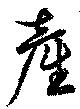
産